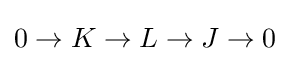
0\rightarrow K\rightarrow L\rightarrow J\rightarrow 0